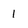
Character: l